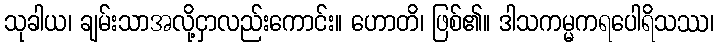
သုခါယ၊ ချမ်းသာအလို့ငှာလည်းကောင်း။ ဟောတိ၊ ဖြစ်၏။ ဒါသကမ္မကရပေါရိသဿ၊